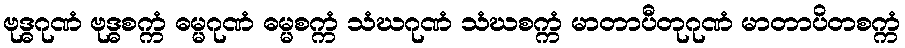
ဗုဒ္ဓဂုဏံ ဗုဒ္ဓစက္ကံ ဓမ္မဂုဏံ ဓမ္မစက္ကံ သံဃဂုဏံ သံဃစက္ကံ မာတာပီတုဂုဏံ မာတာပိတစက္ကံ